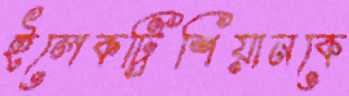
ইলেকট্রিশিয়ানকে